65_HS1-834228961_62-HQ-83894_Section_2
Agency: FBI
Page 53
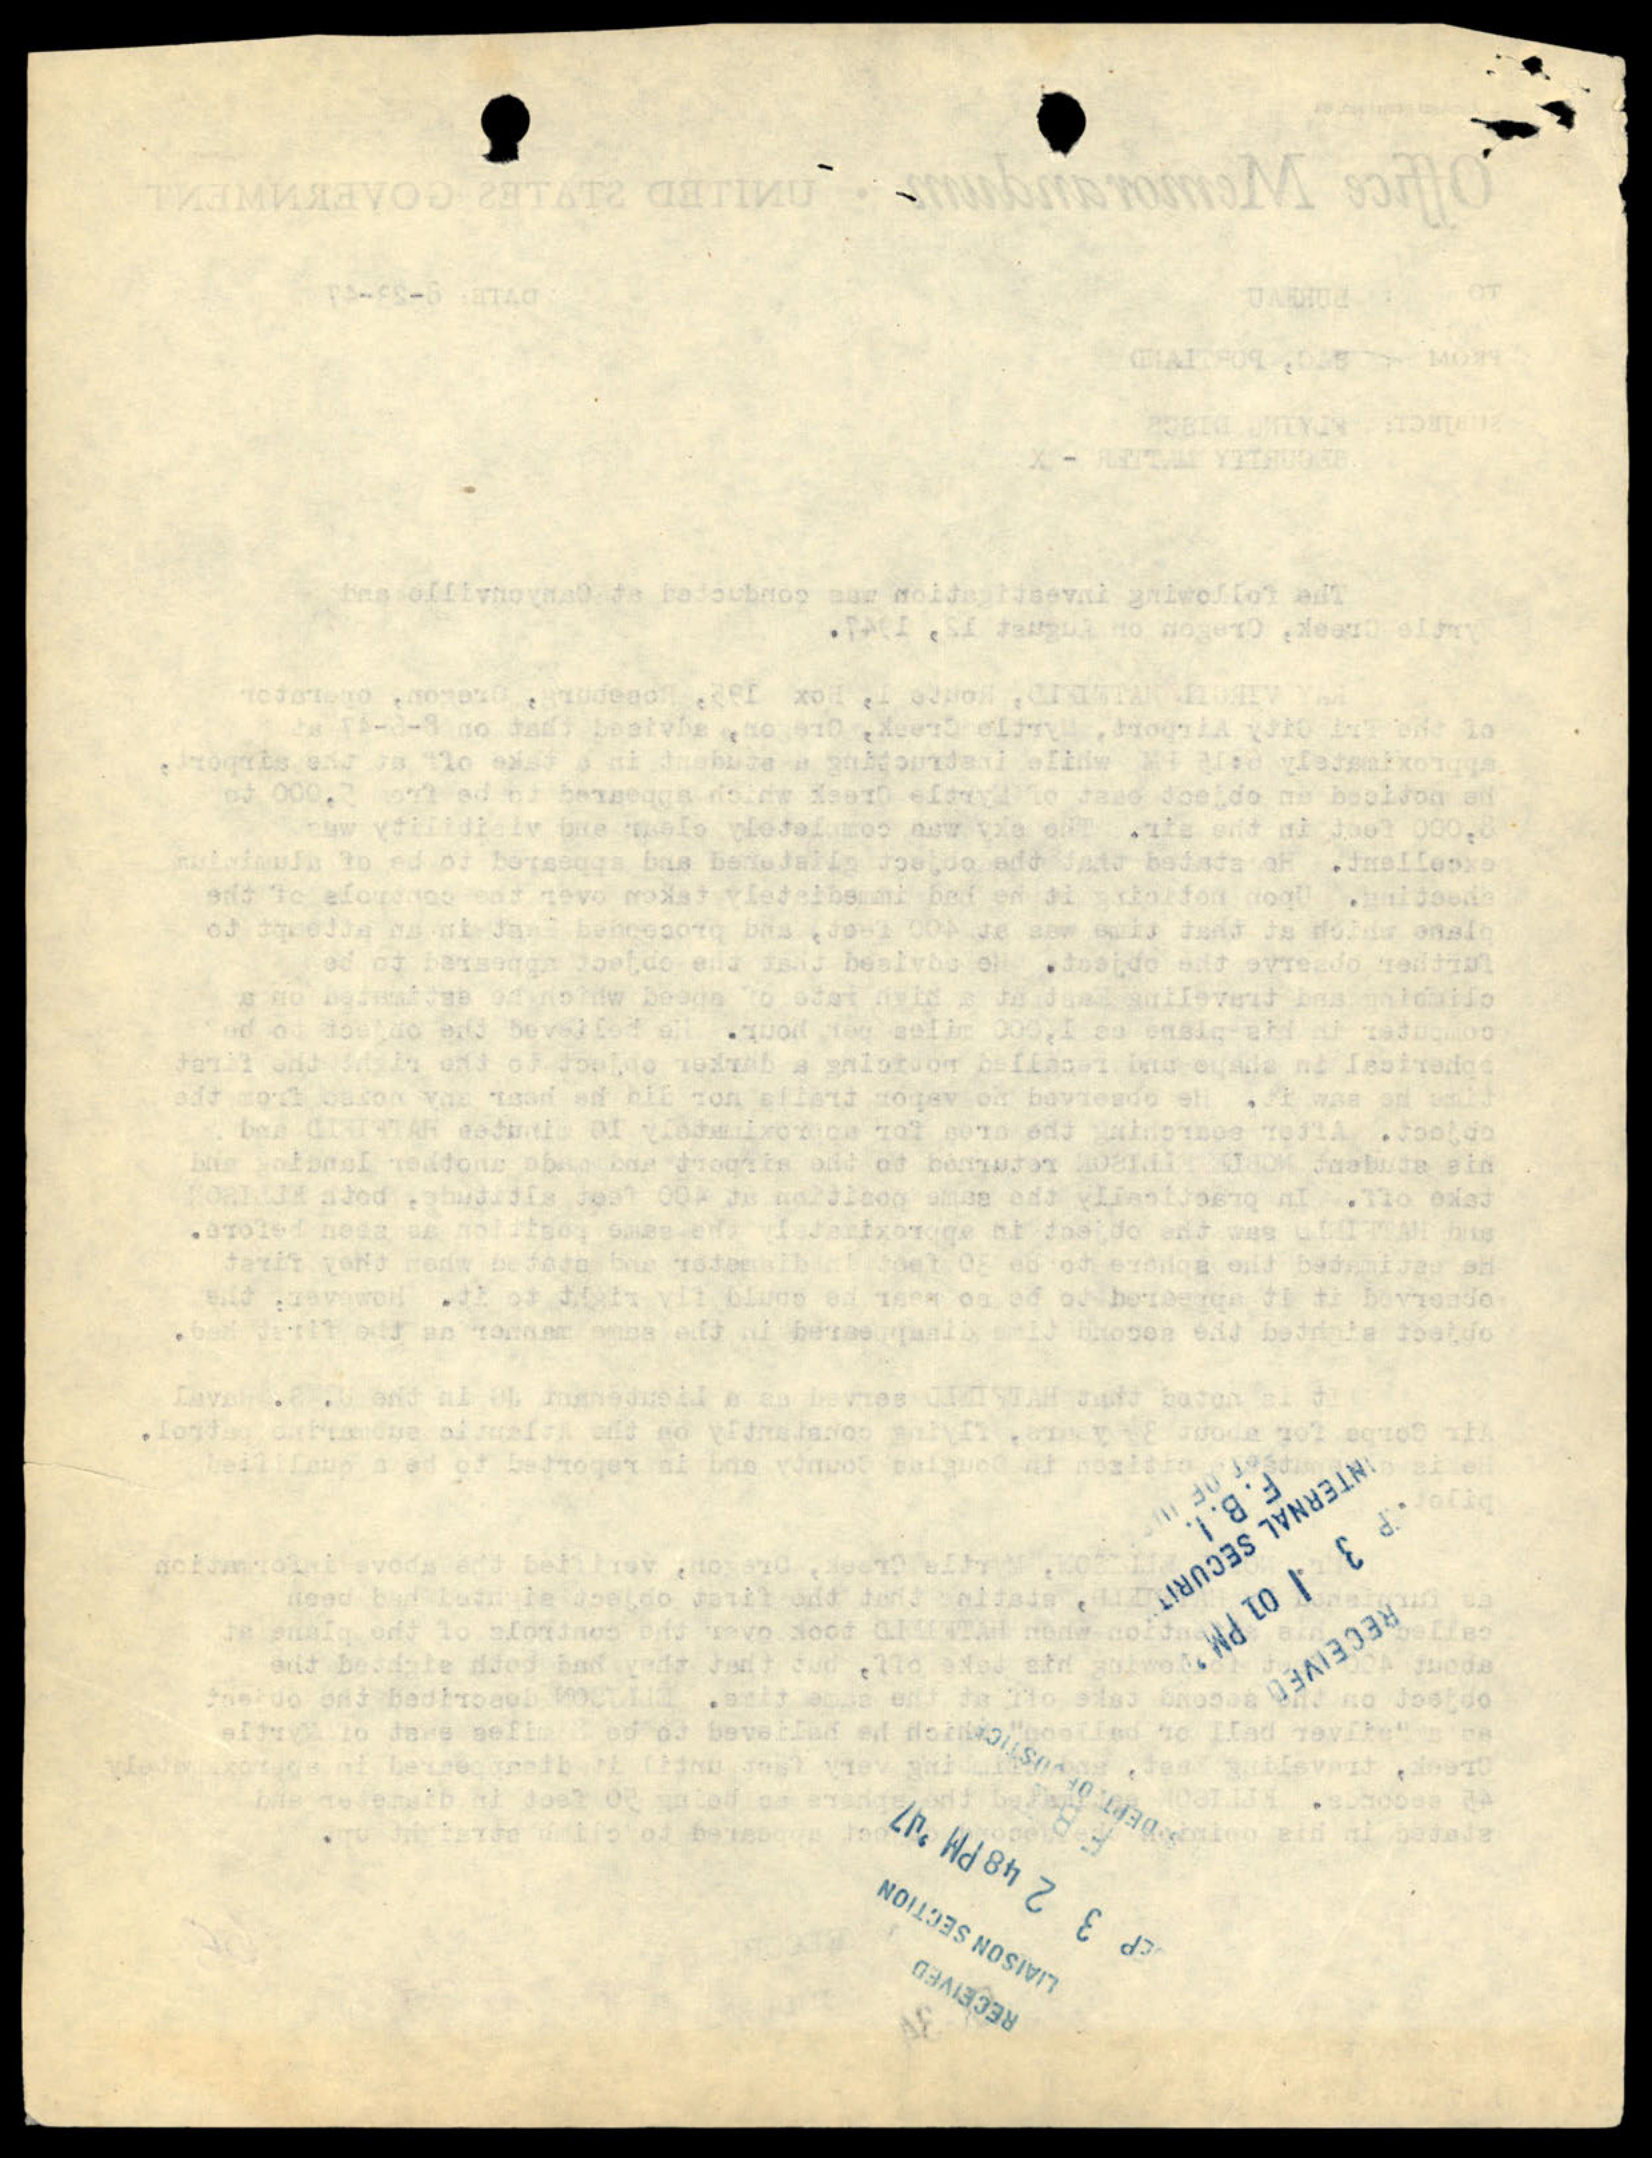